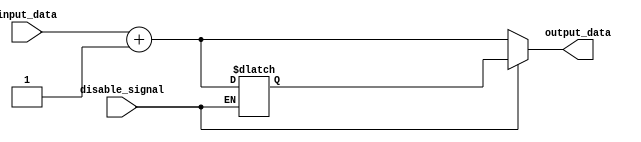
module disable_block (
    input wire disable_signal,
    input wire [WIDTH-1:0] input_data, // Input data to process
    output reg [WIDTH-1:0] output_data // Output data
);
    parameter WIDTH = 8; // Parameterized width for input and output

    reg [WIDTH-1:0] last_output; // Register to hold last output state

    always @* begin
        if (disable_signal) begin
            // Retain last output state when disabled
            output_data = last_output; 
        end else begin
            // Execute internal logic when enabled
            output_data = input_data + 1; // Example logic: increment input_data
            last_output = output_data; // Update last output state
        end
    end
endmodule